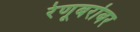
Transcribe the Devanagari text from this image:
रेणूबरोबर